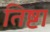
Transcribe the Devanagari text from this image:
तिष्टा